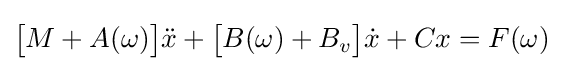
{\big [}M+A(\omega ){\big ]}{\ddot {x}}+{\big [}B(\omega )+B_{v}{\big ]}{\dot {x}}+Cx=F(\omega )